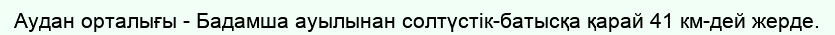
Аудан орталығы - Бадамша ауылынан солтүстік-батысқа қарай 41 км-дей жерде.